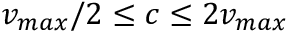
v _ { m a x } / 2 \leq c \leq 2 v _ { m a x }